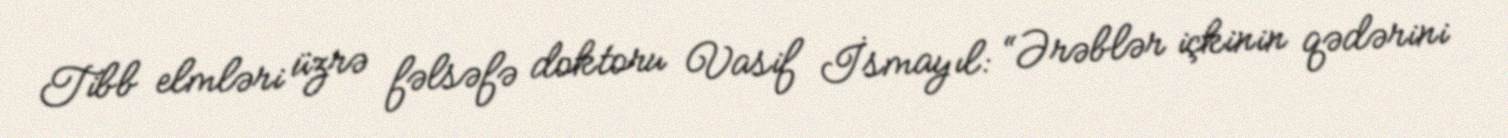
Tibb elmləri üzrə fəlsəfə doktoru Vasif İsmayıl: “Ərəblər içkinin qədərini